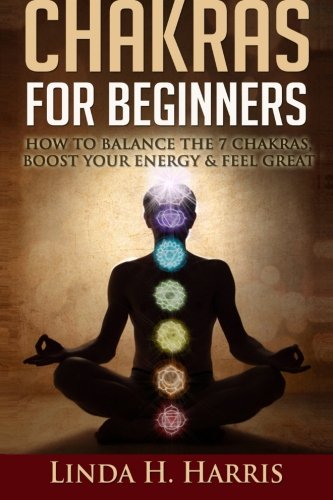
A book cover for Chakras for Beginners: How to Balance the 7 Chakras, Boost Your Energy & Feel Great; Linda H. Harris; Religion & Spirituality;